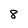
Character: 8